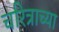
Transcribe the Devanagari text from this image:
चरित्राच्या